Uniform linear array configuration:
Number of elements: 4
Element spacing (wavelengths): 1
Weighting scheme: hann
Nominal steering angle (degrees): -45
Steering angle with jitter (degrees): -43.718
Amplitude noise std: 0.05
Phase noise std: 0.05

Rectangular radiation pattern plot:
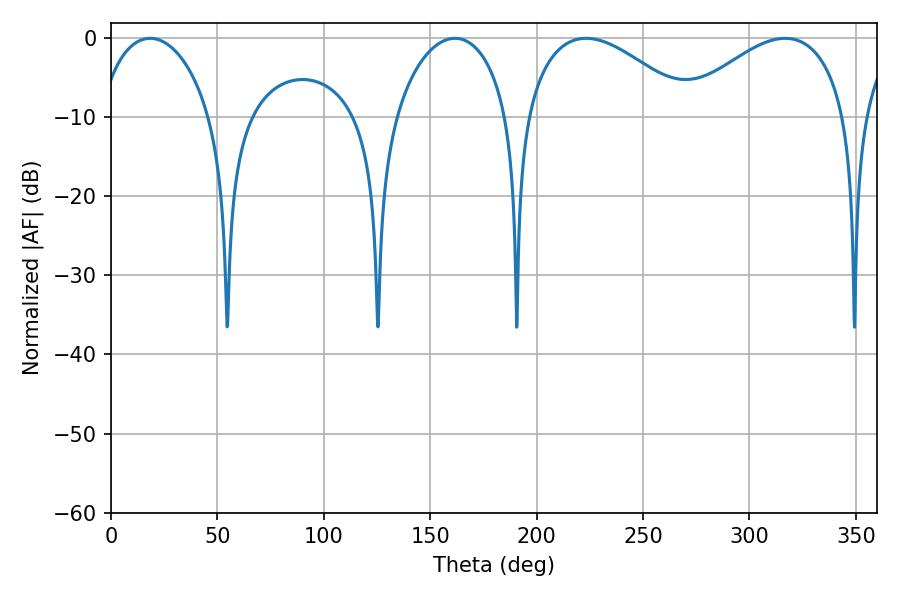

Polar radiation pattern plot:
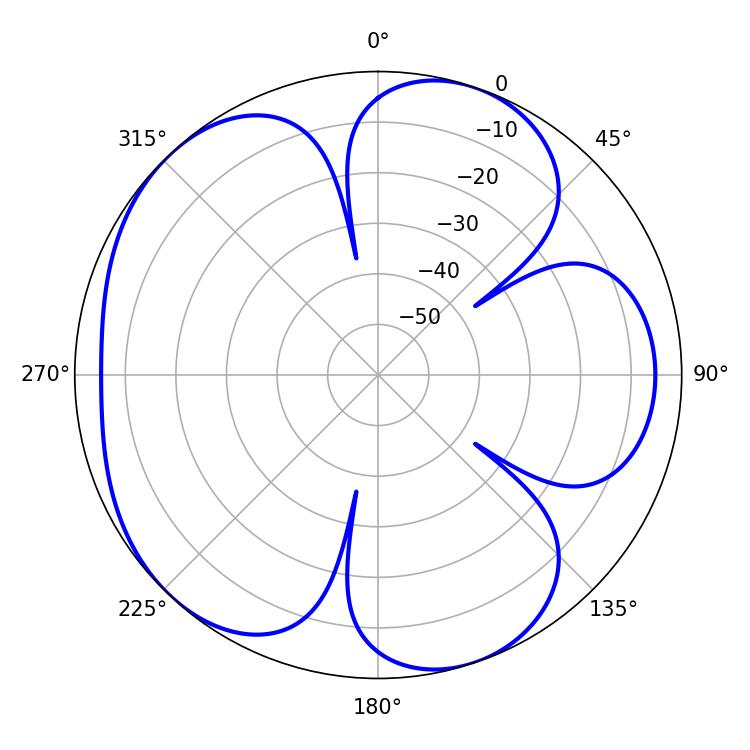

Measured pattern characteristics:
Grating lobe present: TRUE
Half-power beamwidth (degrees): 30.6
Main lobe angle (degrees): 18.36